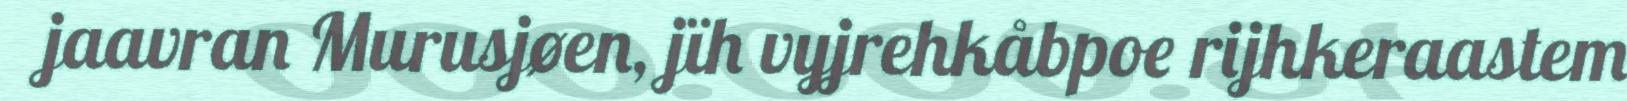
jaavran Murusjøen, jïh vyjrehkåbpoe rijhkeraastem